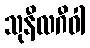
သုနီလဂီဝါ